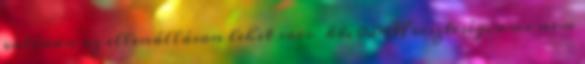
valóban az ellenálláson lehet sacc kb. 0,06W veszteség, ami nem